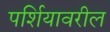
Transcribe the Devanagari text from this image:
पर्शियावरील